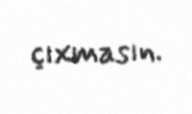
çıxmasın.